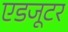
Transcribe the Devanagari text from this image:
एडजूटर